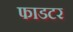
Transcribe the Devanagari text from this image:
फाडटर